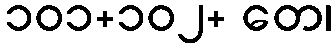
၁၀၁+၁၀၂+ တေ၊